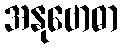
အနုဗောဓာ